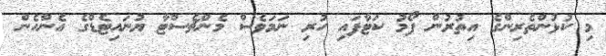
މި ކުޅުންތެރިންގެ އިތުރުން ފޯމު ކަޓާފައި ހުރި ނަމަވެސް މެންޗެސްޓާ ޔުނައިޓެޑްގެ އެންހެން